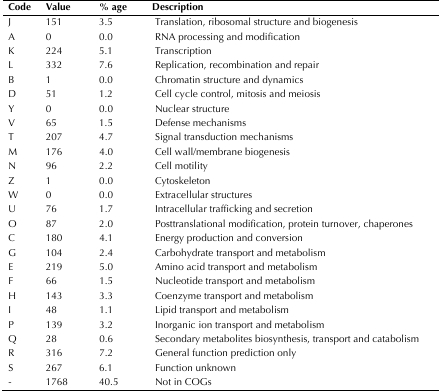
<table><thead><tr><td><b>Code</b></td><td><b>Value</b></td><td><b>% age</b></td><td><b>Description</b></td></tr></thead><tbody><tr><td>J</td><td>151</td><td>3.5</td><td>Translation, ribosomal structure and biogenesis</td></tr><tr><td>A</td><td>0</td><td>0.0</td><td>RNA processing and modification</td></tr><tr><td>K</td><td>224</td><td>5.1</td><td>Transcription</td></tr><tr><td>L</td><td>332</td><td>7.6</td><td>Replication, recombination and repair</td></tr><tr><td>B</td><td>1</td><td>0.0</td><td>Chromatin structure and dynamics</td></tr><tr><td>D</td><td>51</td><td>1.2</td><td>Cell cycle control, mitosis and meiosis</td></tr><tr><td>Y</td><td>0</td><td>0.0</td><td>Nuclear structure</td></tr><tr><td>V</td><td>65</td><td>1.5</td><td>Defense mechanisms</td></tr><tr><td>T</td><td>207</td><td>4.7</td><td>Signal transduction mechanisms</td></tr><tr><td>M</td><td>176</td><td>4.0</td><td>Cell wall/membrane biogenesis</td></tr><tr><td>N</td><td>96</td><td>2.2</td><td>Cell motility</td></tr><tr><td>Z</td><td>1</td><td>0.0</td><td>Cytoskeleton</td></tr><tr><td>W</td><td>0</td><td>0.0</td><td>Extracellular structures</td></tr><tr><td>U</td><td>76</td><td>1.7</td><td>Intracellular trafficking and secretion</td></tr><tr><td>O</td><td>87</td><td>2.0</td><td>Posttranslational modification, protein turnover, chaperones</td></tr><tr><td>C</td><td>180</td><td>4.1</td><td>Energy production and conversion</td></tr><tr><td>G</td><td>104</td><td>2.4</td><td>Carbohydrate transport and metabolism</td></tr><tr><td>E</td><td>219</td><td>5.0</td><td>Amino acid transport and metabolism</td></tr><tr><td>F</td><td>66</td><td>1.5</td><td>Nucleotide transport and metabolism</td></tr><tr><td>H</td><td>143</td><td>3.3</td><td>Coenzyme transport and metabolism</td></tr><tr><td>I</td><td>48</td><td>1.1</td><td>Lipid transport and metabolism</td></tr><tr><td>P</td><td>139</td><td>3.2</td><td>Inorganic ion transport and metabolism</td></tr><tr><td>Q</td><td>28</td><td>0.6</td><td>Secondary metabolites biosynthesis, transport and catabolism</td></tr><tr><td>R</td><td>316</td><td>7.2</td><td>General function prediction only</td></tr><tr><td>S</td><td>267</td><td>6.1</td><td>Function unknown</td></tr><tr><td>-</td><td>1768</td><td>40.5</td><td>Not in COGs</td></tr></tbody></table>